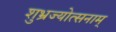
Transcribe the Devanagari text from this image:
शुभ्रज्योत्सनाम्